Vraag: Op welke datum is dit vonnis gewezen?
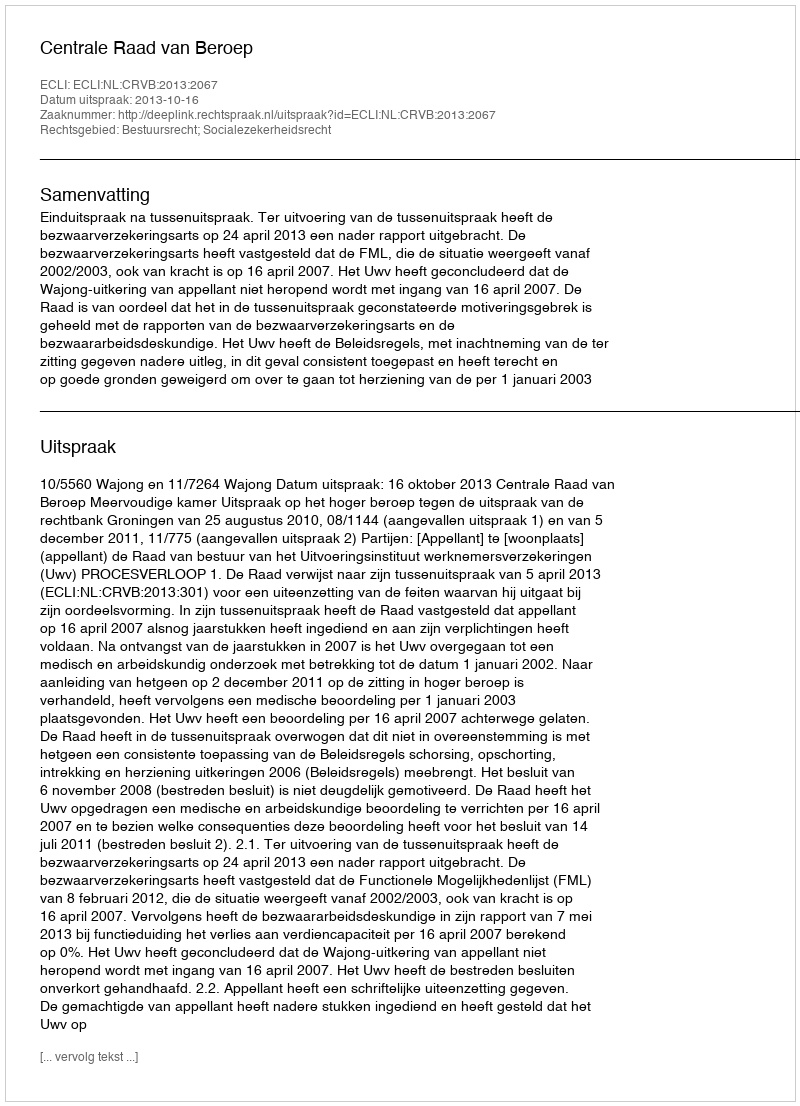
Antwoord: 2013-10-16